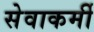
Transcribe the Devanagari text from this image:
सेवाकर्मी